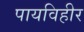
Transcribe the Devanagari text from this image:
पायविहीर